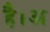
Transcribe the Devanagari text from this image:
है।अ